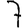
Digit: 7